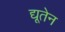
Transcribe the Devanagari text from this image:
द्यूतेन